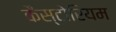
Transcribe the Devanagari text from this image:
कैस्टोरियम